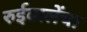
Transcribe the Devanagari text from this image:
रुईवालेंचा